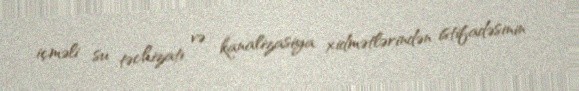
içməli su təchizatı və kanalizasiya xidmətlərindən istifadəsinin